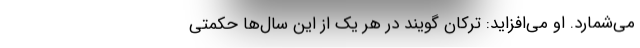
می‌شمارد. او می‌افزاید: ترکان گویند در هر یک از این سال‌ها حکمتی